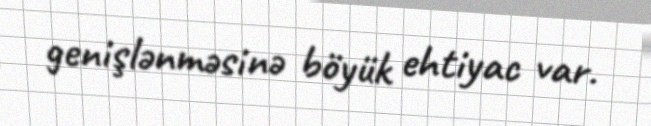
genişlənməsinə böyük ehtiyac var.